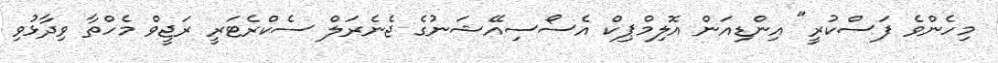
މިހެންވެ ފަސްކުރީ" އިންޑިއަން އޮލިމްޕިކް އެސޯސިއޭޝަނުގެ ޖެނެރަލް ސެކްރެޓަރީ ރަޖީވް މެހްތާ ވިދާޅުވި